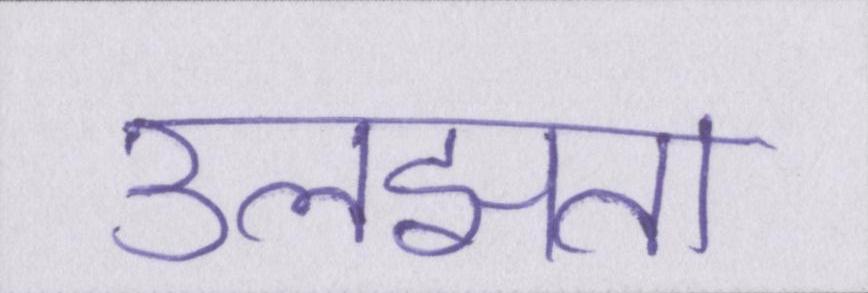
उलझता